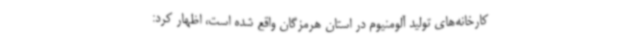
کارخانه‌های تولید آلومنیوم در استان هرمزگان واقع شده است، اظهار کرد: